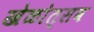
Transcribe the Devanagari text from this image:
खेळोत्सव